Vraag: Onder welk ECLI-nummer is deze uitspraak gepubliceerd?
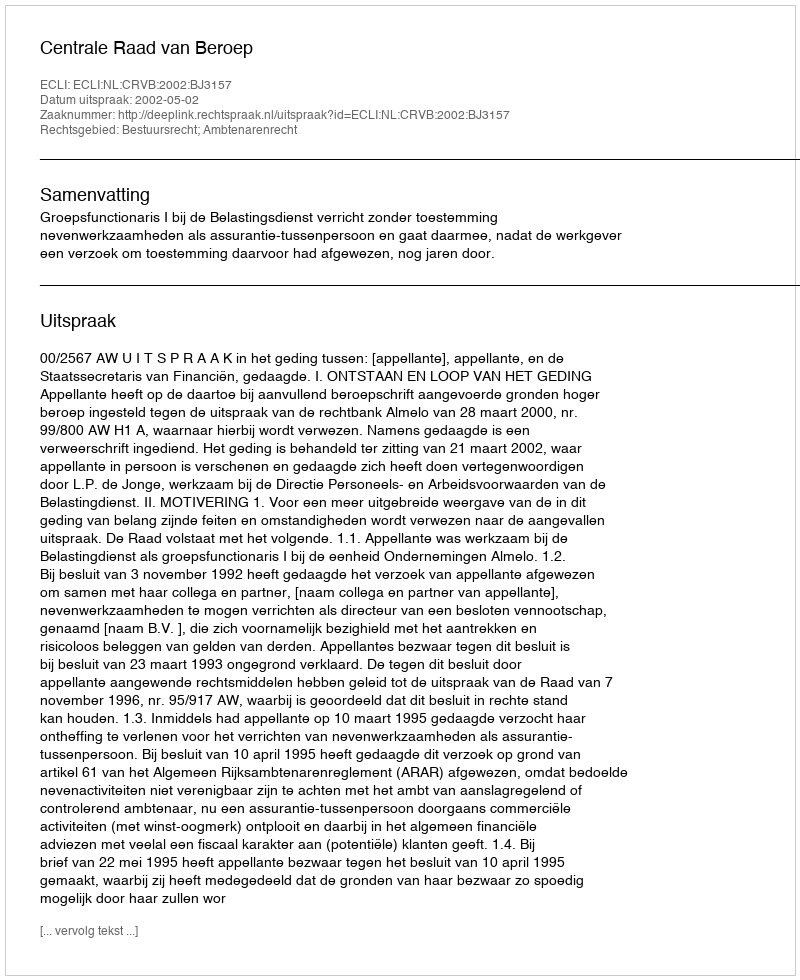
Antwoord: ECLI:NL:CRVB:2002:BJ3157